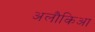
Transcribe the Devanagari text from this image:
अलौकिआ